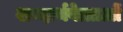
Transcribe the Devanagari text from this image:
शब्दार्थवेत्ताओं